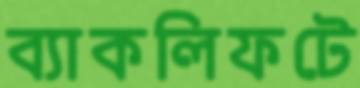
ব্যাকলিফটে